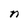
Character: n